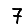
Digit: 7